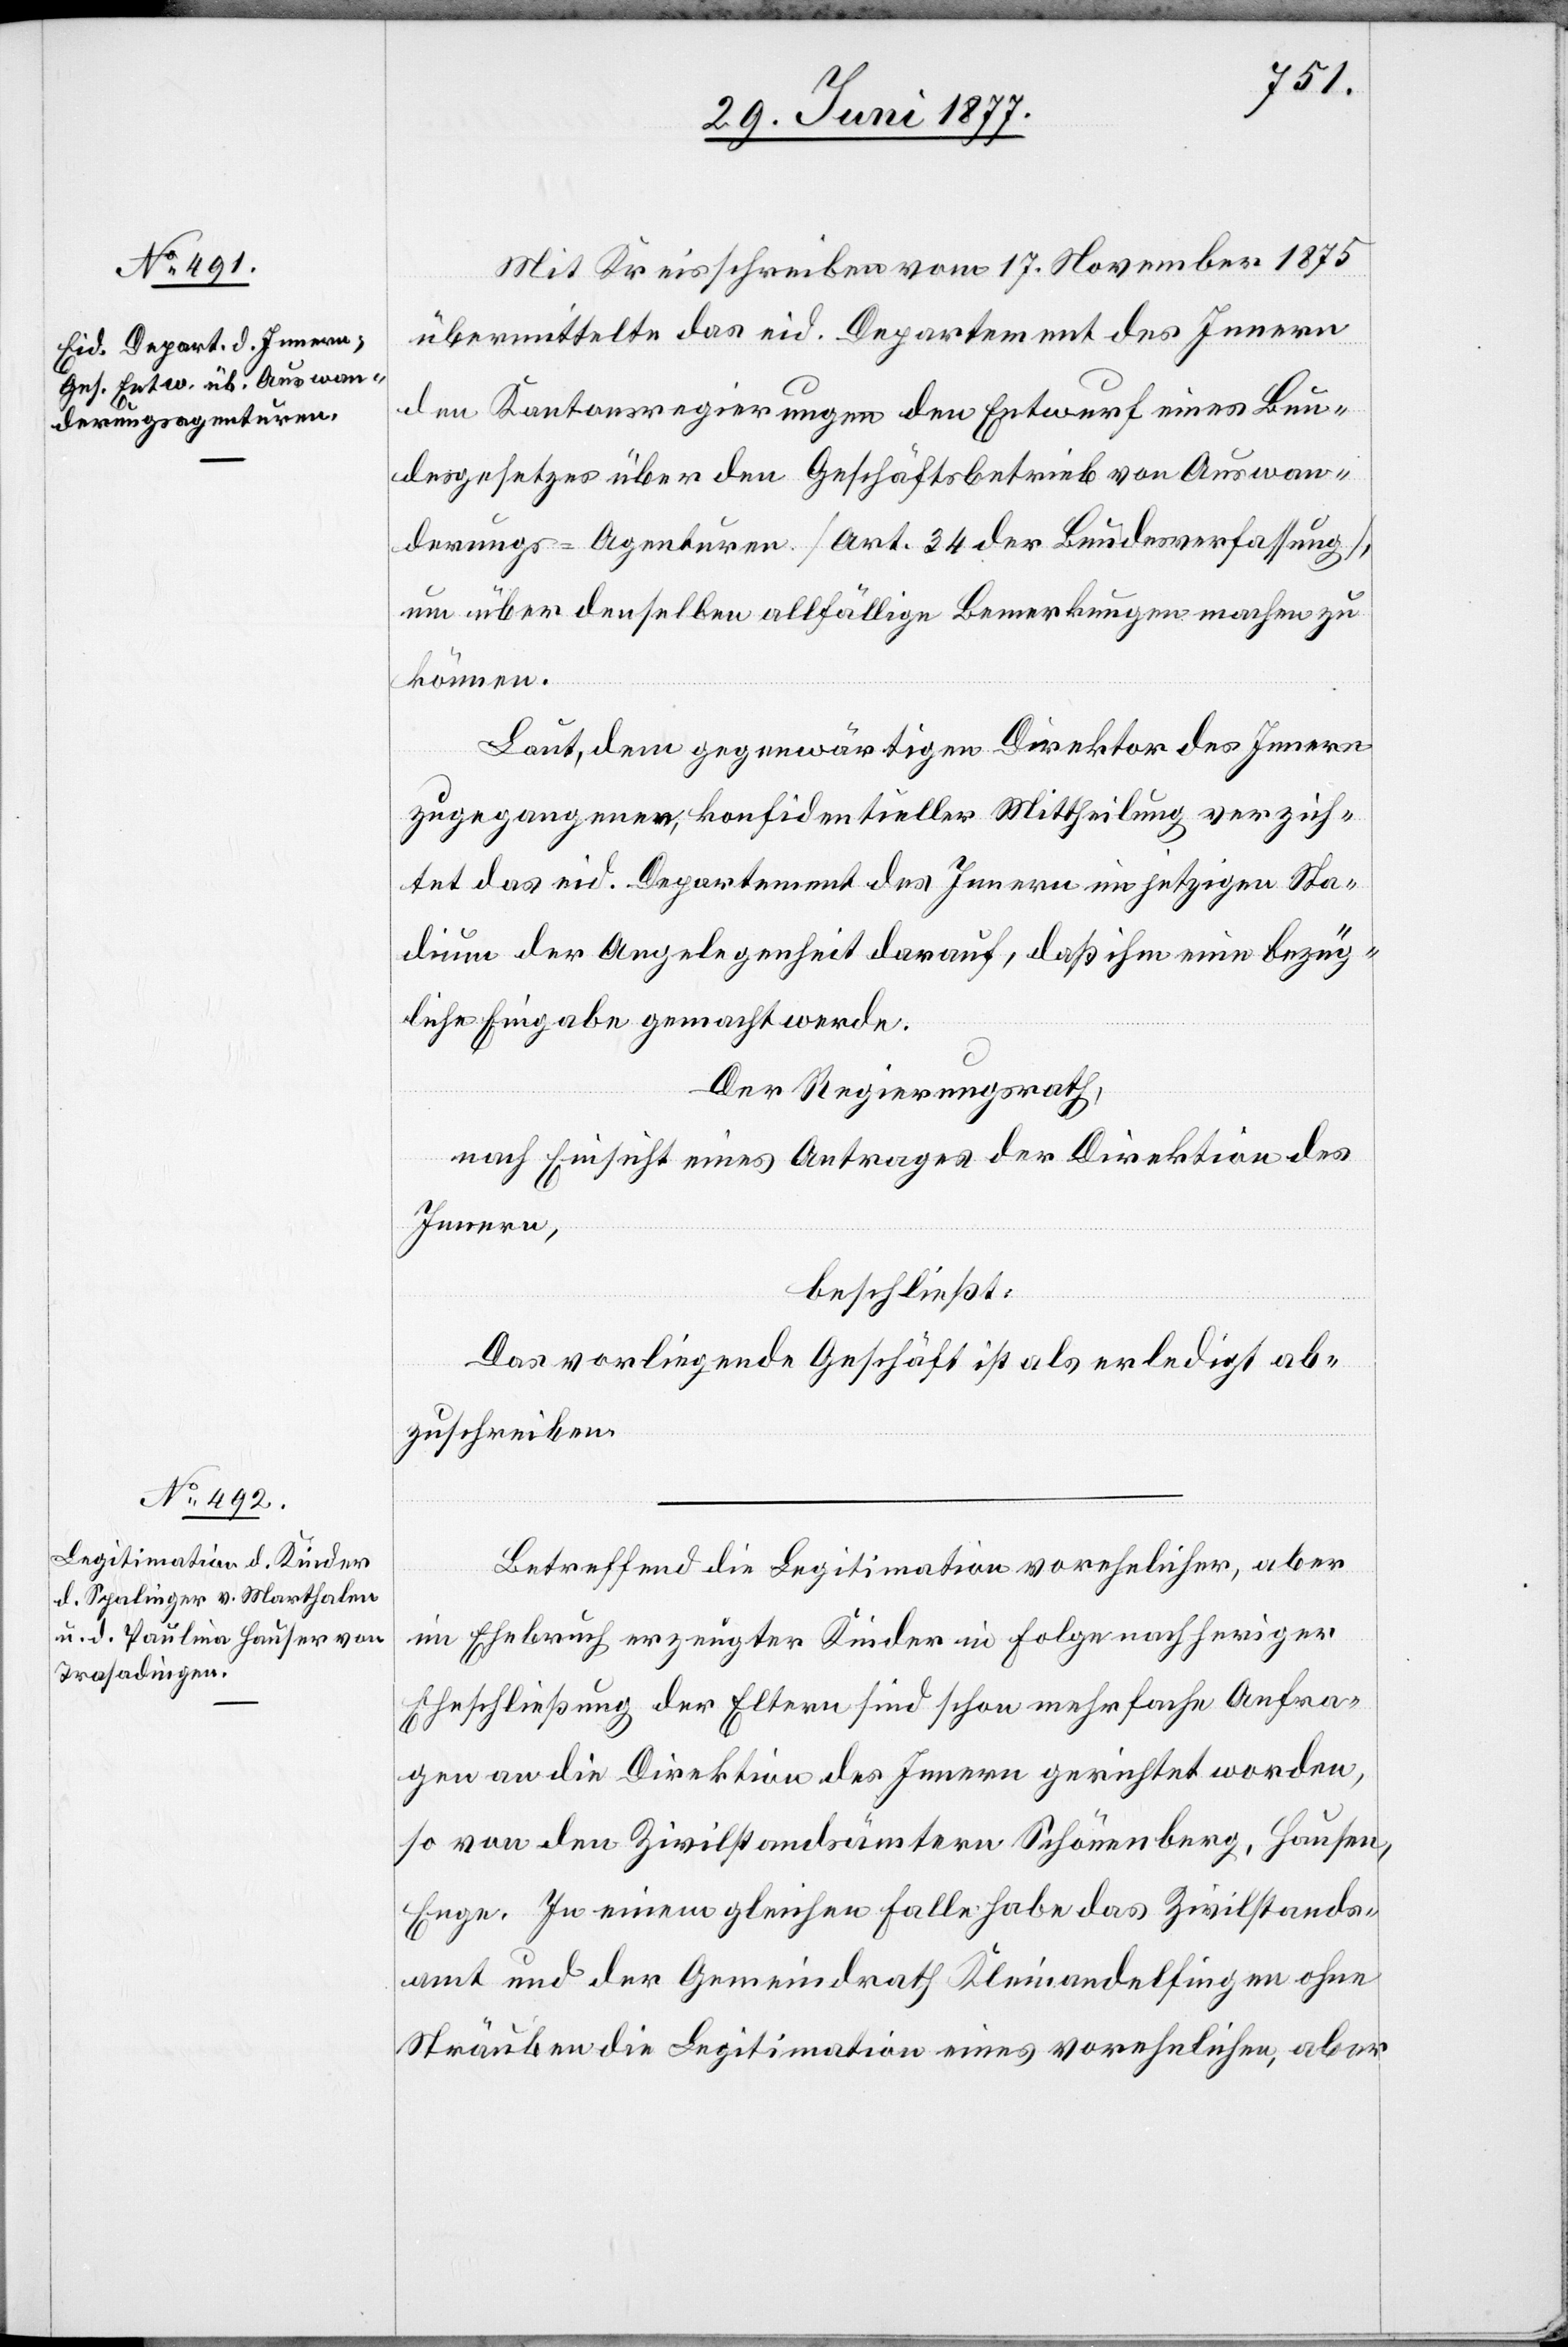
Mit Kreisschreiben vom 17. November 1875
übermittelte das eid. Departement des Innern
den Kantonsregierungen den Entwurf eines Bun¬
desgesetzes über den Geschäftsbetrieb von Auswan¬
derungs-Agenturen [Art. 34 der Bundesverfassung],
um über denselben allfällige Bemerkungen machen zu
können.
Laut, dem gegenwärtigen Direktor des Innern
zugegangener, konfidentieller Mittheilung verzich¬
tet das eid. Departement des Innern im jetzigen Sta¬
dium der Angelegenheit darauf, daß ihm eine bezüg¬
liche Eingabe gemacht werde.
Der Regierungsrath,
nach Einsicht eines Antrages der Direktion des
Innern,
beschließt:
Das vorliegende Geschäft ist als erledigt ab¬
zuschreiben.
Betreffend die Legitimation vorehelicher, aber
im Ehebruch erzeugter Kinder in Folge nachheriger
Eheschließung der Eltern sind schon mehrfache Anfra¬
gen an die Direktion des Innern gerichtet worden,
so von den Zivilstandsämtern Schönenberg, Hausen,
Enge. In einem gleichen Falle habe das Zivilstands¬
amt und der Gemeindrath Kleinandelfingen ohne
Sträuben die Legitimation eines vorehelichen, aber